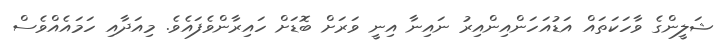
ޝަލީންގެ ވާހަކަތައް އަޑުއަހަންއިންއިރު ނައިނާ އިނީ ވަރަށް ބޮޑަށް ހައިރާންވެފައެވެ. މިއަދާއި ހަމައެއްވެސް